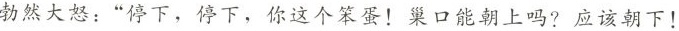
勃然大怒：”停下，停下，你这个笨蛋！巢口能朝上吗?应该朝下！